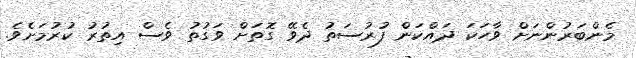
މެންބަރުންނަށް ވާހަކަ ދައްކަން ފުރުސަތު ދެވޭ ގޮތަށް ވަގުތު ވެސް އިތުރު ކުރުމަށެވެ.